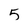
Character: 5